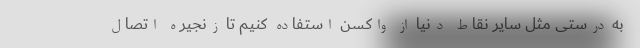
به درستی مثل سایر نقاط دنیا از واکسن استفاده کنیم تا زنجیره اتصال